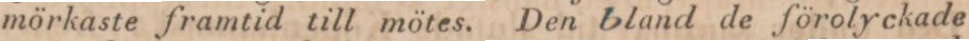
mörkaste framtid till mötes. Den bland de förolyckade